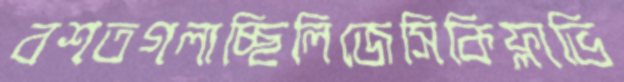
বশতগলাচ্ছিলিজেসিকিফ্লাভি